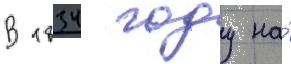
В 1834 году на́